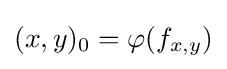
\displaystyle {(x,y)_{0}=\varphi (f_{x,y})}